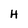
Character: H